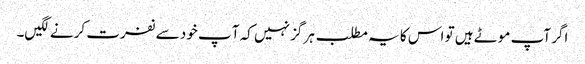
اگر آپ موٹے ہیں تو اس کا یہ مطلب ہر گز نہیں کہ آ پ خود سے نفرت کرنے لگیں۔